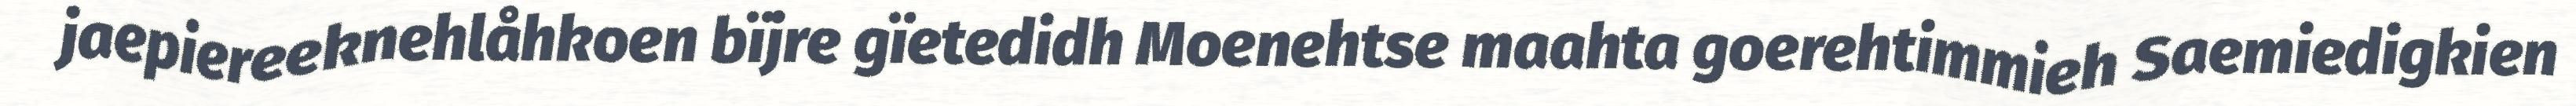
jaepiereeknehlåhkoen bïjre gïetedidh Moenehtse maahta goerehtimmieh Saemiedigkien